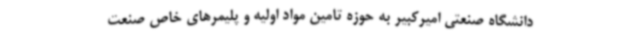
دانشگاه صنعتی امیرکبیر به حوزه تامین مواد اولیه و پلیمرهای خاص صنعت